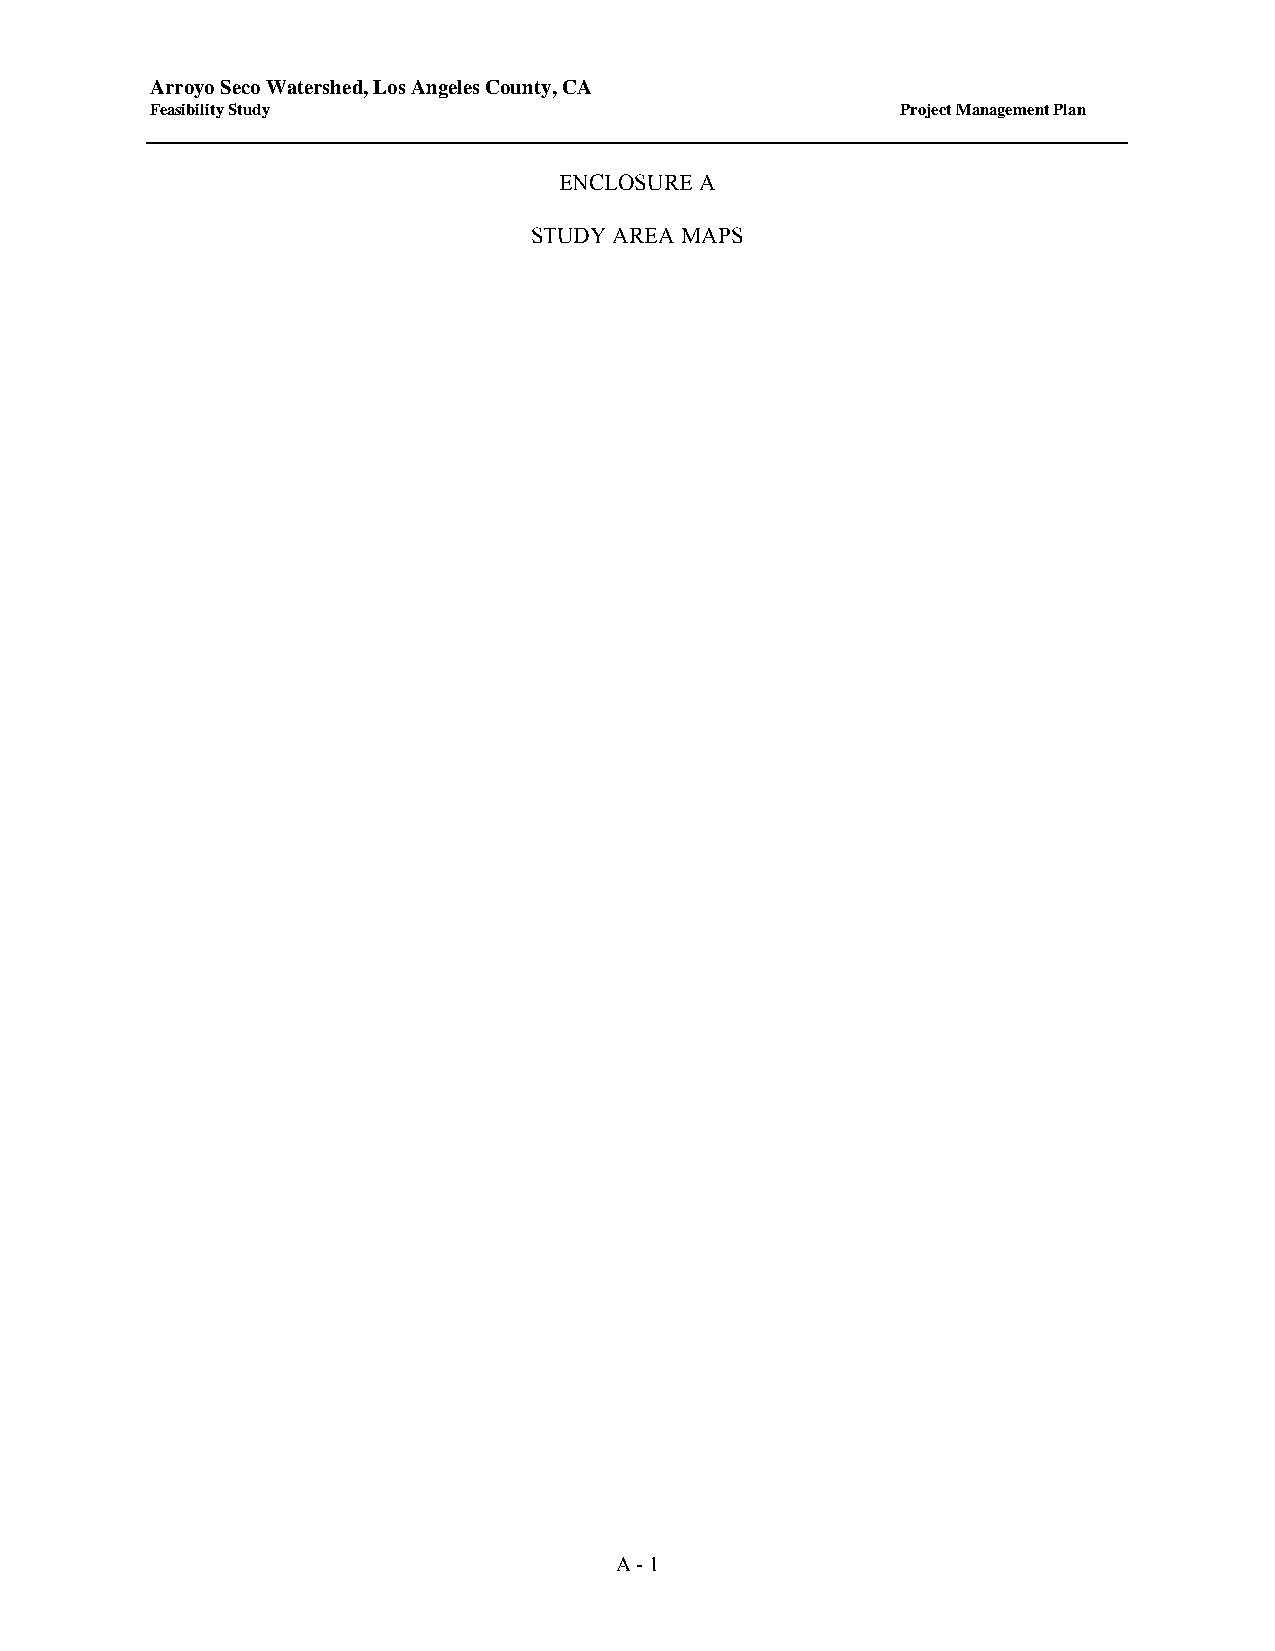
Arroyo Seco Watershed, Los Angeles County, CA
 Feasibility Study                                 Project Management Plan
 ENCLOSURE A
 STUDY AREA MAPS
 A - 1